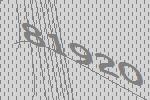
81920